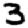
Digit: 3